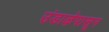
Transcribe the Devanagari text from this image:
उंडाऴेपासून